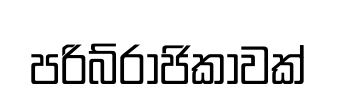
පරිබ්රාජිකාවක්